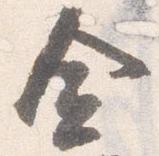
僉